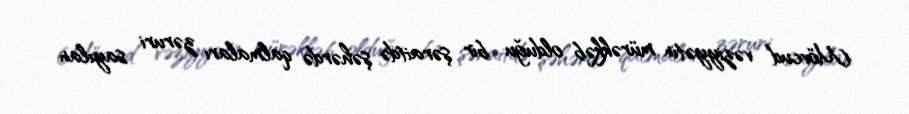
Mövcud vəziyyətin mürəkkəb olduğu bir şəraitdə şəhərdə qalmaları zəruri sayılan